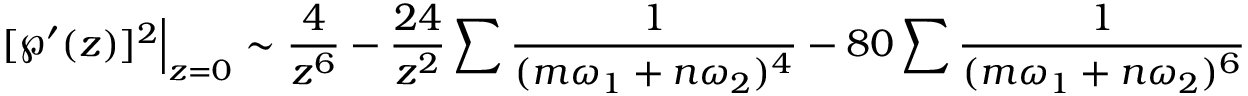
[ \wp ^ { \prime } ( z ) ] ^ { 2 } { \Big | } _ { z = 0 } \sim { \frac { 4 } { z ^ { 6 } } } - { \frac { 2 4 } { z ^ { 2 } } } \sum { \frac { 1 } { ( m \omega _ { 1 } + n \omega _ { 2 } ) ^ { 4 } } } - 8 0 \sum { \frac { 1 } { ( m \omega _ { 1 } + n \omega _ { 2 } ) ^ { 6 } } }